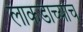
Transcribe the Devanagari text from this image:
लाकडाच्याच